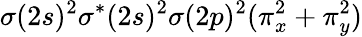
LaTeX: \sigma(2s)^{2}\sigma^{*}(2s)^{2}\sigma(2p)^{2}(\pi_{x}^{2}+\pi_{y}^{2})